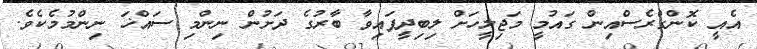
އެއީ ކޮންގްރެސްއިން ގައުމީ މަޖިލީހަށް ލިބިދީފައިވާ ބާރުގެ ދަށުން ނިންމި ސައްޚަ ނިންމުމެކެވެ.